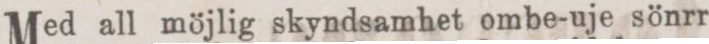
Med all möjlig skyndsamhet ombe-uje sönrr